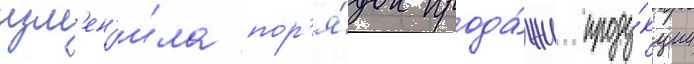
изм'ен'и́ла пор'я́док прода́жи проду́кции